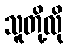
သူတို့လို